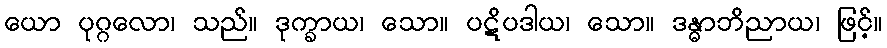
ယော ပုဂ္ဂလော၊ သည်။ ဒုက္ခာယ၊ သော။ ပဋိပဒါယ၊ သော။ ဒန္ဓာဘိညာယ၊ ဖြင့်။